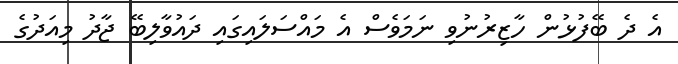
އެ ދެ ބޭފުޅުން ހާޒިރުނުވި ނަމަވެސް އެ މައްސަލައިގައި ދައުވާލިބޭ ޖާދު މިއަދުގެ